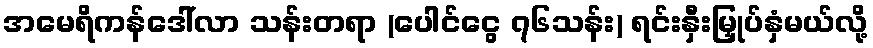
အမေရိကန်ဒေါ်လာ သန်းတရာ (ပေါင်ငွေ ၇၆သန်း) ရင်းနှီးမြှုပ်နှံမယ်လို့